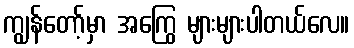
ကျွန်တော့်မှာ အကြွေ များများပါတယ်လေ။